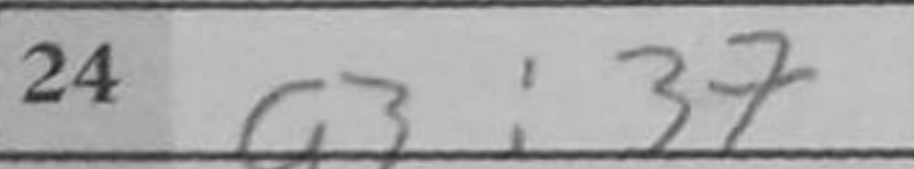
Transcription: a3